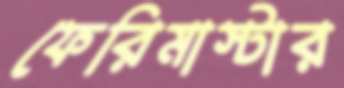
ফেরিমাস্টার